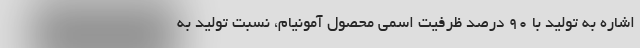
اشاره به تولید با 90 درصد ظرفیت اسمی محصول آمونیام، نسبت تولید به